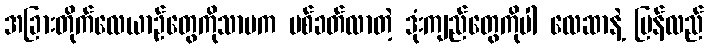
အခြားတိုက်လေယာဉ်တွေကိုသာမက ပစ်ခတ်လာတဲ့ ဒုံးကျည်တွေကိုပါ လေဆာနဲ့ ပြန်လည်